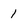
Character: 1